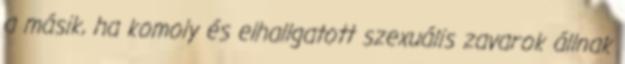
a másik, ha komoly és elhallgatott szexuális zavarok állnak